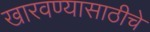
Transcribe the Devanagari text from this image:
खारवण्यासाठीचे